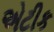
એટીક